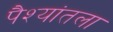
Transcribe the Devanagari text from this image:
पैश्‍यांतला